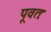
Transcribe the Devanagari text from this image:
पूवतः